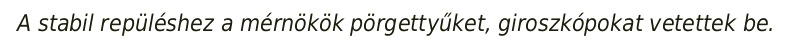
A stabil repüléshez a mérnökök pörgettyűket, giroszkópokat vetettek be.